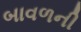
બાવળની